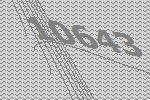
10643